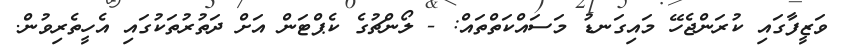
ވަޒީފާގައި ކުރަންޖެހޭ މައިގަނޑު މަސައްކަތްތައް: - ލޯންޗުގެ ކެޕްޓަން އަށް ދަތުރުތަކުގައި އެހީތެރިވުން.